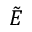
\tilde { E }